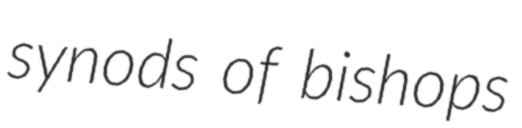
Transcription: synods of bishops